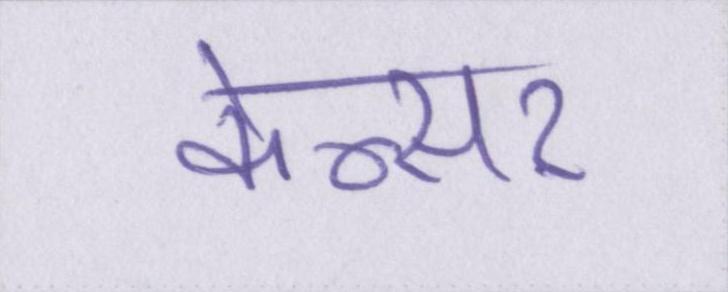
केन्सर